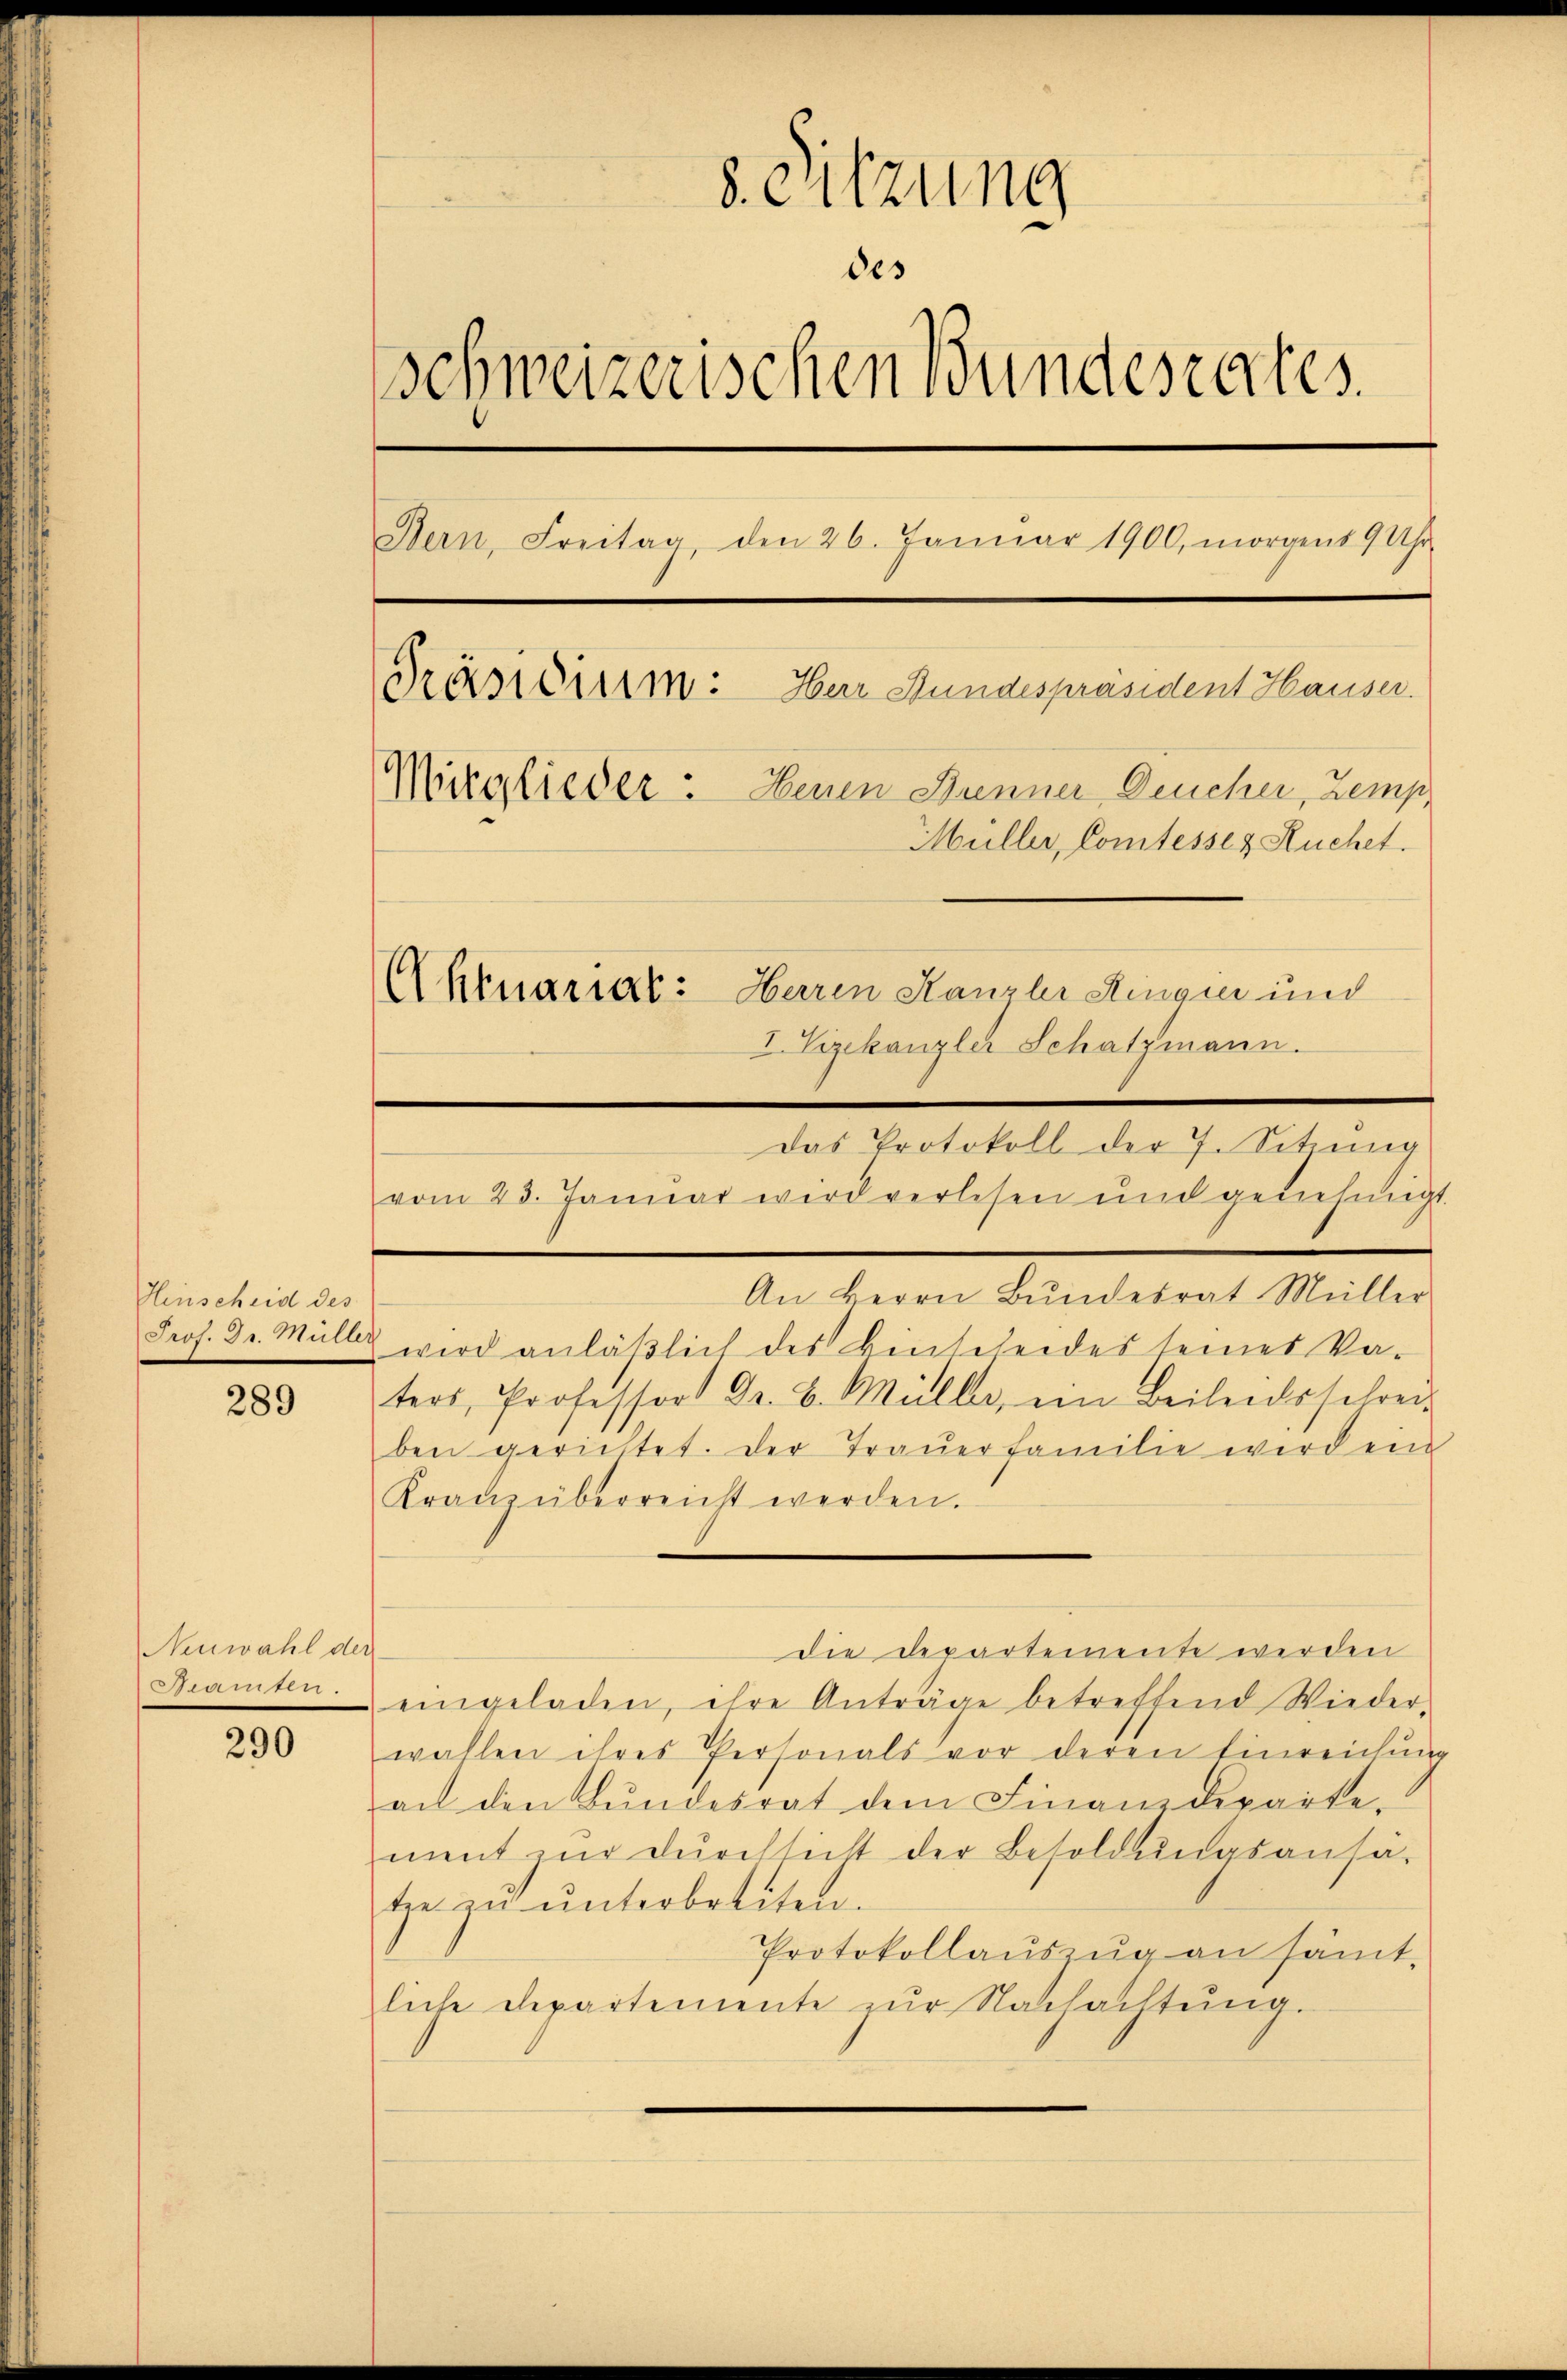
Hinscheid des
Prof. 31. Müller

289

Neuwahl der
Reamten.

290

8. Sitzung
des
schweizerischen Bundesrates
Bern, Freitag, den 26. Januar 1900, morgens 9 Uhr
Präsidium: Herr Bundespräsident Hauser.
Mitglieder: Heuen Danner Deucher, Zemp,
Müller, Comtesser Kuchet.
Aktuariar: Herren Kanzler Hingen und
I. Vizekanzler Schatzmann.

Das Protokoll der 7. Setzung
vom 23. Januar wird verlesen und geliehengt.

An Herrn Bŭndesrat Müller
wird anläβlich des Hinteseides seines Va-
ters, Professor Dr. B. Müller, ein Beileidsschrei-
ben gerichtet. Der Trauerfamilie wird ein
Kranz überreicht werden.
die Departemente werden
eingeladen, ihre Anträge betreffend Wieder-
wahlen ihres Personals vor deren Einreichung
an den Bundesrat dem Finanzdepartement zur Durchsicht der Besoldungsansä-
tze zu unterbreiten.
Protokollaŭszŭg an sämt.
liche Departemente zur Nachachtung.